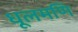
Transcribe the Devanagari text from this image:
धूलमणि